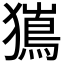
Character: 𭸯